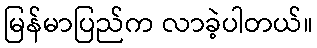
မြန်မာပြည်က လာခဲ့ပါတယ်။